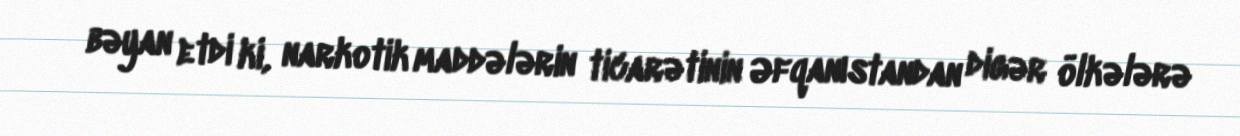
bəyan etdi ki, narkotik maddələrin ticarətinin Əfqanıstandan digər ölkələrə